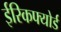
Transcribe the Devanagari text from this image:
ईरिकफ्योर्ड